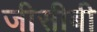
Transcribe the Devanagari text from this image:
जीसीबी